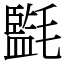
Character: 㲯